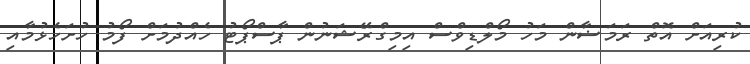
ކުރިއަށް އޮތް ރަމަޟާން މަހު މޯލްޑިވްސް އިމިގްރޭޝަނުން ޕާސްޕޯޓު ހެއްދުމަށް ފޯމު ހުށަހެޅުމާއި